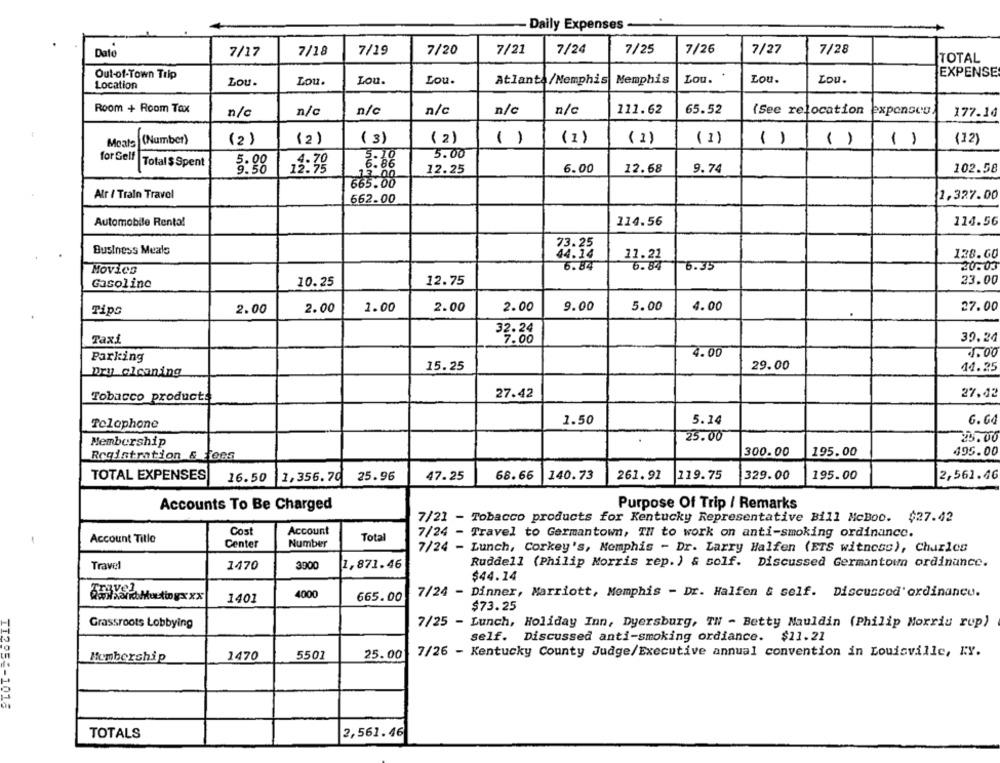
Daily Expenses -
Dato
7/17
7/18
7/19
7/20
7/21
7/24
7/25
7/26
7/27
7/28
TOTAL
Out-of-Town Trip
EXPENSE
Location
Lou.
Lou.
Lou.
Lou.
Atlanta/Memphis Memphis
Lou.
Lou.
Lou.
Room + Room Tax
n/c
n/c
n/c
n/c
n/c
n/c
111.62
65.52
(See relocation exponseu
177.14
Moals
(Number)
(2)
(2)
( 3)
( 2)
()
(1)
(1)
( 1)
()
( )
()
(12)
for Gelf
5.00
Total $ Spent
5:88
19:39
6:08
12.25
6.00
12.68
9.74
102.58
665.88
Alr / Train Travol
1.327.00
662.00
114.56
114.56
Automobile Renta!
Business Meals
73.25
128.60
6.84
11.21
6.35
20.03
MOVICS
Gasoline
12.75
23.00
10.25
Tips
2.00
2.00
1.00
2.00
2.00
9.00
5.00
4.00
27.00
32.24
Taxi
7.00
39.24
Parking
2.00
7.00
15.25
29.00
Dry cleaning
14.25
Tobacco products
27.42
27.42
1.50
5.14
6.64
Telephone
25.00
Membership
300.00
495.00
Registration & fees
195.00
TOTAL EXPENSES
16.50
1,356.70
25.96
47.25
68.66
140.73
261.91
119.75
329.00
195.00
2,561.46
Accounts To Be Charged
Purpose Of Trip / Remarks
7/21 - Tobacco products for Kentucky Representative Bill McBoo. $27.42
Cost
Account
7/24 - Travel to Germantown, TH to work on anti-smoking ordinance.
Account Title
Total
Center
Number
7/24 - Lunch, Corkey's, Memphis - Dr. Larry Halfen (ETS witness), Charles
Travel
Ruddell (Philip Morris rep. ) & solf. Discussed Germantown ordinance.
1470
3000
1,871.46
$44.14
Travel
4000
7/24 - Dinner, Marriott, Memphis - Dr. Halfen & self. Discussod'ordinancu.
1401
665.00
$73.25
Grassroots Lobbying
7/25 - Lunch, Holiday Inn, Dyersburg, TN - Betty Nauldin (Philip Morris rup)
self. Discussed anti-smoking ordiance.
$11.21
Membership
1470
5501
25.00
7/26 - Kentucky County Judge/Executive annual convention in Louisville, IY.
II295 :- 1016
2,561.46
TOTALS